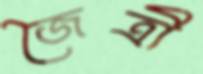
জৈত্রী